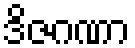
ဒိဇဂဏာ